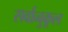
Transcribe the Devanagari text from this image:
सर्वानुकूल